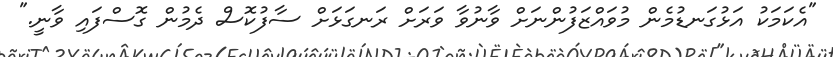
"އެކަމަކު އަޅުގަނޑުމެން މުވައްޒަފުންނަށް ވާނުވާ ވަރަށް ރަނގަޅަށް ސާފުކޮސް ދެމުން ގޮސްފައި ވާނީ."